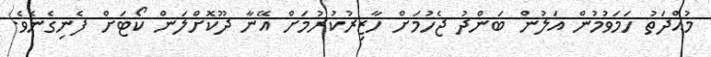
މުއްދަތު ހަމަވުމުން އަލުން ބަންދު ޖެހުމަށް ހާޒިރުކުރުމަށް އޭނާ ދޫކޮށްލަން ކޯޓަށް ފެނިގެނެވެ.